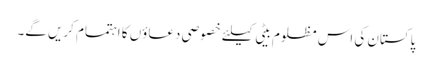
پاکستان کی اس مظلوم بیٹی کیلئے خصوصی دعاؤں کا اہتمام کریں گے۔